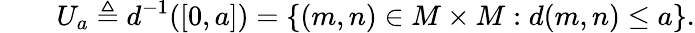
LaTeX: \qquad U_{a}\triangleq d^{-1}([0,a])=\{ (m,n)\in M\times M:d(m,n)\leq a\} .